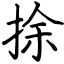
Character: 捈